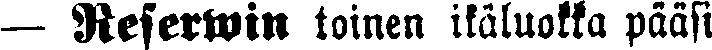
— Reserwin toinen ikäluokka pääsi